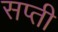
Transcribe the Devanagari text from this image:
सप्ती